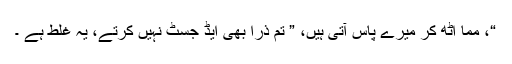
“، مما اٹھ کر میرے پاس آتی ہیں، ” تم ذرا بھی ایڈ جسٹ نہیں کرتے، یہ غلط ہے ۔